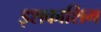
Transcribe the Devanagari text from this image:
इशकाशिम